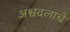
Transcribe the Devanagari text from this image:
अश्वदलाचे